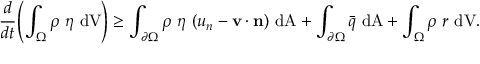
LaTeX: { \cfrac { d } { d t } } \left( \int _ { \Omega } \rho ~ \eta ~ { \mathrm { d V } } \right) \geq \int _ { \partial \Omega } \rho ~ \eta ~ ( u _ { n } - \mathbf { v } \cdot \mathbf { n } ) ~ { \mathrm { d A } } + \int _ { \partial \Omega } { \bar { q } } ~ { \mathrm { d A } } + \int _ { \Omega } \rho ~ r ~ { \mathrm { d V } } .